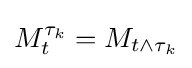
M_{t}^{\tau _{k}}=M_{t\wedge \tau _{k}}